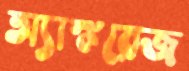
অ্যাঙ্করেজ